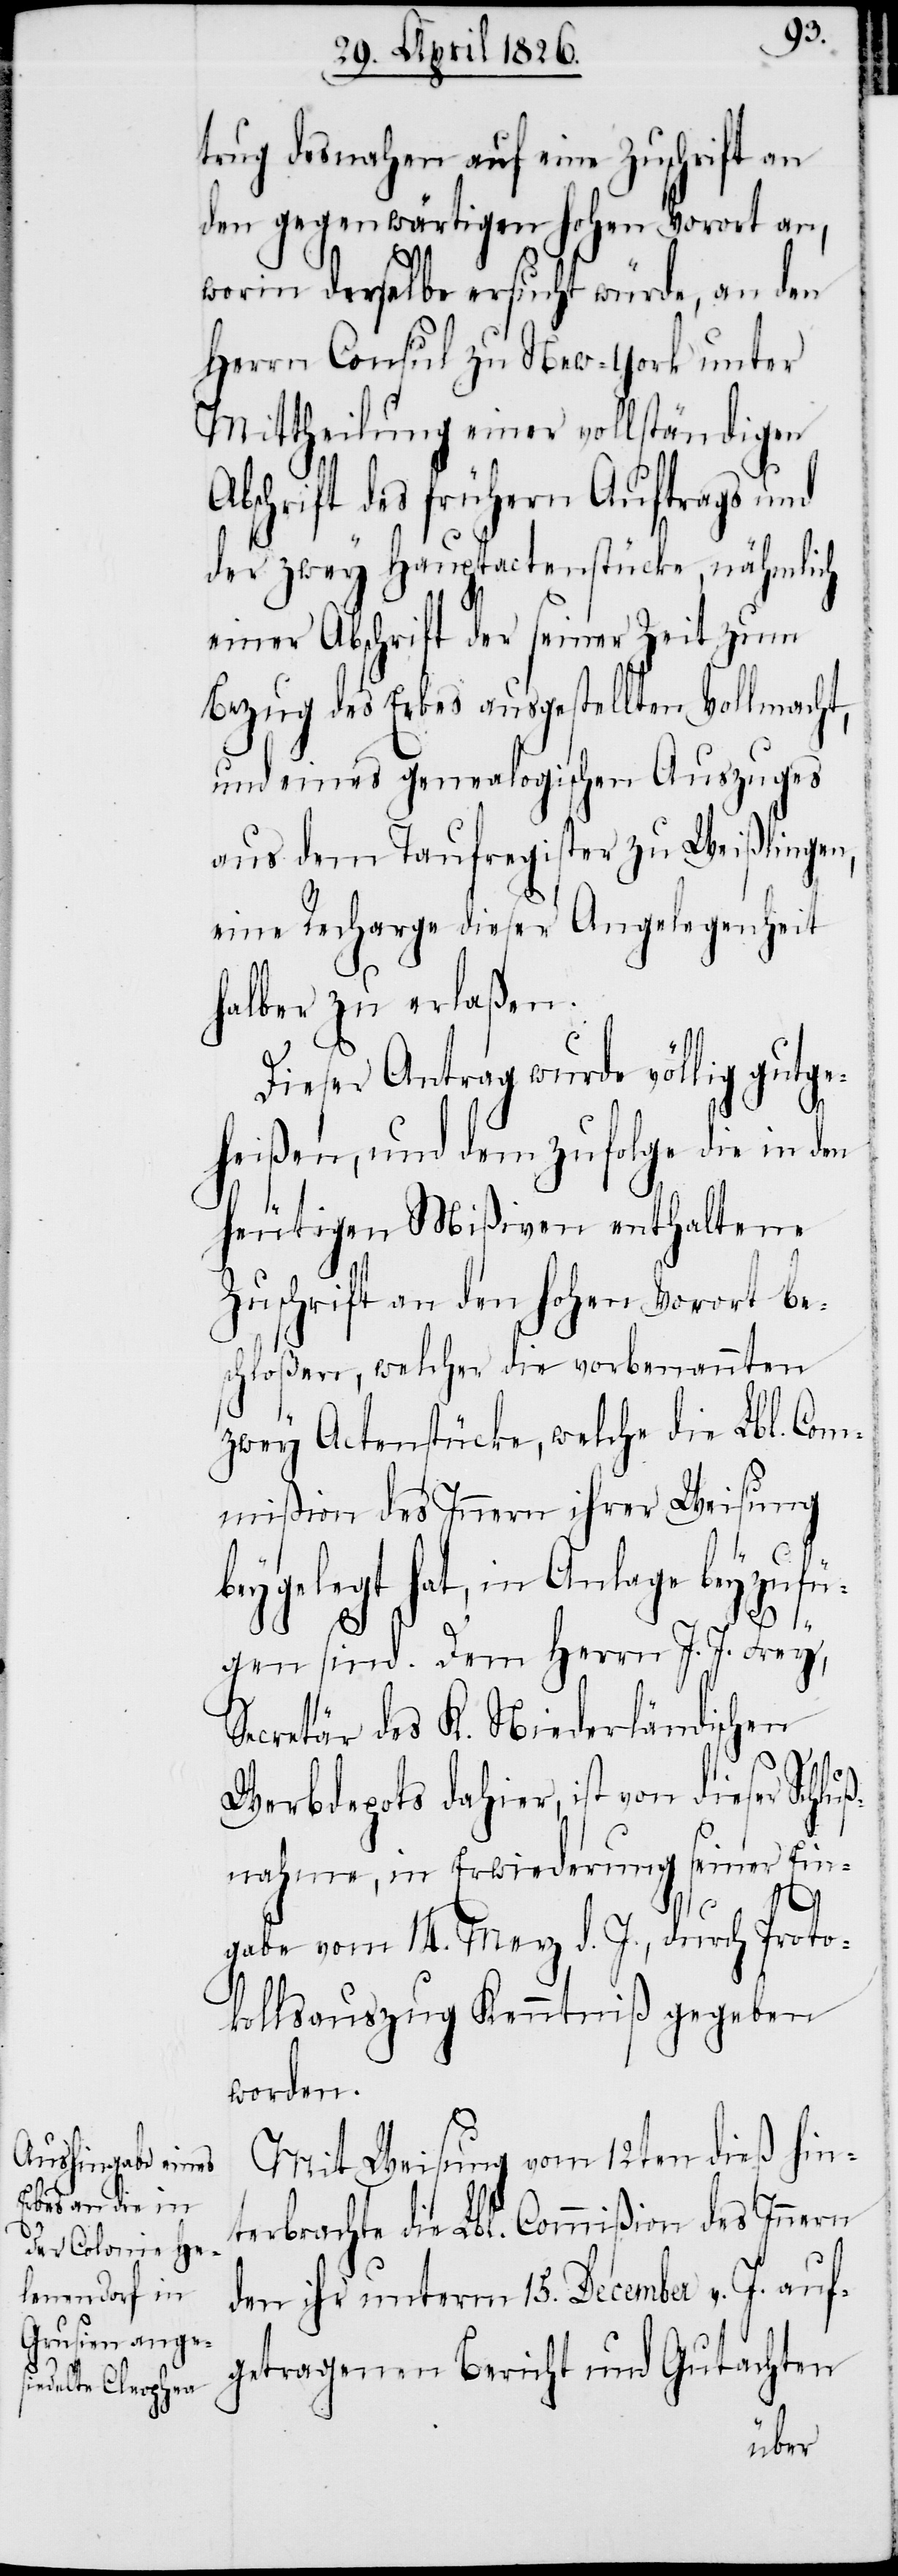
uß¬
trug desnahen auf eine Zuschrift an
den gegenwärtigen hohen Vorort an,
worin derselbe ersucht würde, an den
Herrn Consul zu New-York unter
Mittheilung einer vollständigen
Abschrift des frühern Auftrags und
der zwey Hauptactenstücke, nähmlich
einer Abschrift der seiner Zeit zum
Bezug des Erbes ausgestellten Vollmacht,
und eines genealogischen Auszuges
aus dem Taufregister zu Weißlingen,
eine Recharge dieser Angelegenheit
halber zu erlaßen.
Dieser Antrag wurde völlig gutg¬
eheißen, und dem zufolge die in den
heutigen Mißiven enthaltene
Zuschrift an den hohen Vorort be¬
schloßen, welcher die vorbenannten
zwey Actenstücke, welche die Lbl. Com¬
mißion des Innern ihrer Weisung
beygelegt hat, in Anlage beyzufü¬
gen sind. Dem Herrn J. J. Frey,
Secretär des K. Niederländischen
Werbdepots dahier, ist von dieser Schl¬
nahme, in Erwiederung seiner Ein¬
gabe vom 14. Merz d. J., durch Proto¬
kollsauszug Kenntniß gegeben
worden.
Mit Weisung vom 12ten dieß hin¬
terbrachte die Lbl. Commißion des Innern
den ihr unterm 15. December v. J. auf¬
getragenen Bericht und Gutachten